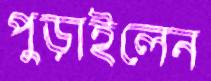
পুড়াইলেন